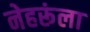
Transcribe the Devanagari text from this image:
नेहरूंला